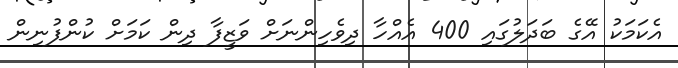
އެކަމަކު އޭގެ ބަދަލުގައި 400 އެއްހާ ދިވެހިންނަށް ވަޒީފާ ދިން ކަމަށް ކުންފުނިން